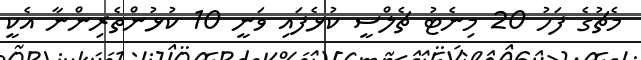
މެޗުގެ ފަހު 20 މިނެޓު ޗެލްސީ ކުޅެފައި ވަނީ 10 ކުޅުންތެރިންނާ އެކީ